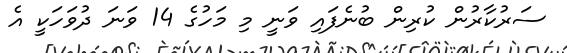
ސަރުކާރުން ކުރިން ބުނެފައި ވަނީ މި މަހުގެ 14 ވަނަ ދުވަހަކީ އެ